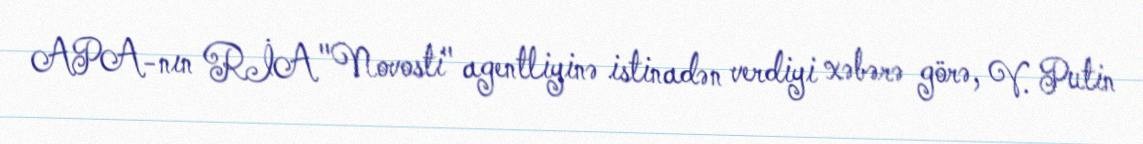
APA-nın RİA "Novosti" agentliyinə istinadən verdiyi xəbərə görə, V. Putin